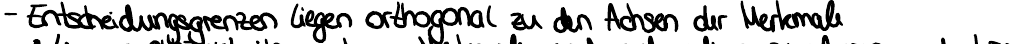
- Entscheidungsgrenzen liegen orthogonal zu den Achsen der Merkmale